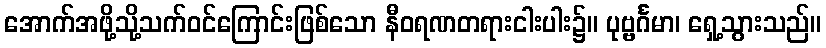
အောက်အဖို့သို့သက်ဝင်ကြောင်းဖြစ်သော နီဝရဏတရားငါးပါး၌။ ပုဗ္ဗင်္ဂမာ၊ ရှေ့သွားသည်။